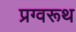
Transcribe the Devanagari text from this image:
प्रग्वरूथ